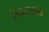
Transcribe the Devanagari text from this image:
सिद्धार्थास